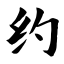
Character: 约